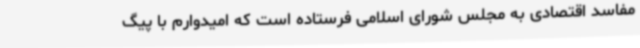
مفاسد اقتصادی به مجلس شورای اسلامی فرستاده است که امیدوارم با پیگ